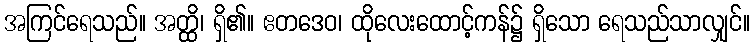
အကြင်ရေသည်။ အတ္ထိ၊ ရှိ၏။ ဧတဒေဝ၊ ထိုလေးထောင့်ကန်၌ ရှိသော ရေသည်သာလျှင်။